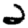
Digit: 2